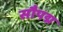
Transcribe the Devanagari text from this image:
सौपद्म